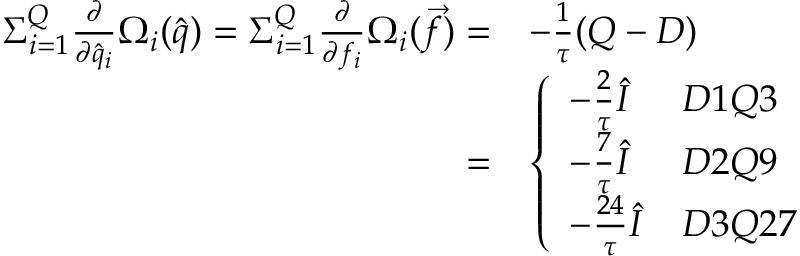
\begin{array} { r l } { { \Sigma } _ { i = 1 } ^ { Q } \frac { \partial } { \partial \hat { q } _ { i } } \Omega _ { i } ( \hat { q } ) = { \Sigma } _ { i = 1 } ^ { Q } \frac { \partial } { \partial f _ { i } } \Omega _ { i } ( \vec { f } ) = } & { - \frac { 1 } { \tau } ( Q - D ) } \\ { = } & { \left\{ \begin{array} { l l } { - \frac { 2 } { \tau } \hat { I } } & { D 1 Q 3 } \\ { - \frac { 7 } { \tau } \hat { I } } & { D 2 Q 9 } \\ { - \frac { 2 4 } { \tau } \hat { I } } & { D 3 Q 2 7 } \end{array} \right. } \end{array}